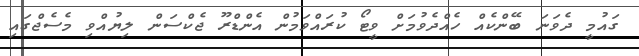
ގައުމީ ދެވަނަ ބޭންކެއް ހެއްދެވުމަށް ވީޓޯ ކުރައްވަމުން އެންޑްރޫ ޖެކްސަން ލިޔުއްވި މެސެޖްގައި